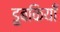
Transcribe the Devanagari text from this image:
डुबकियाँ